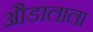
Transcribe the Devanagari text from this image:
औडालाला